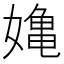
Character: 𭒗